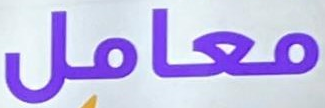
معامل